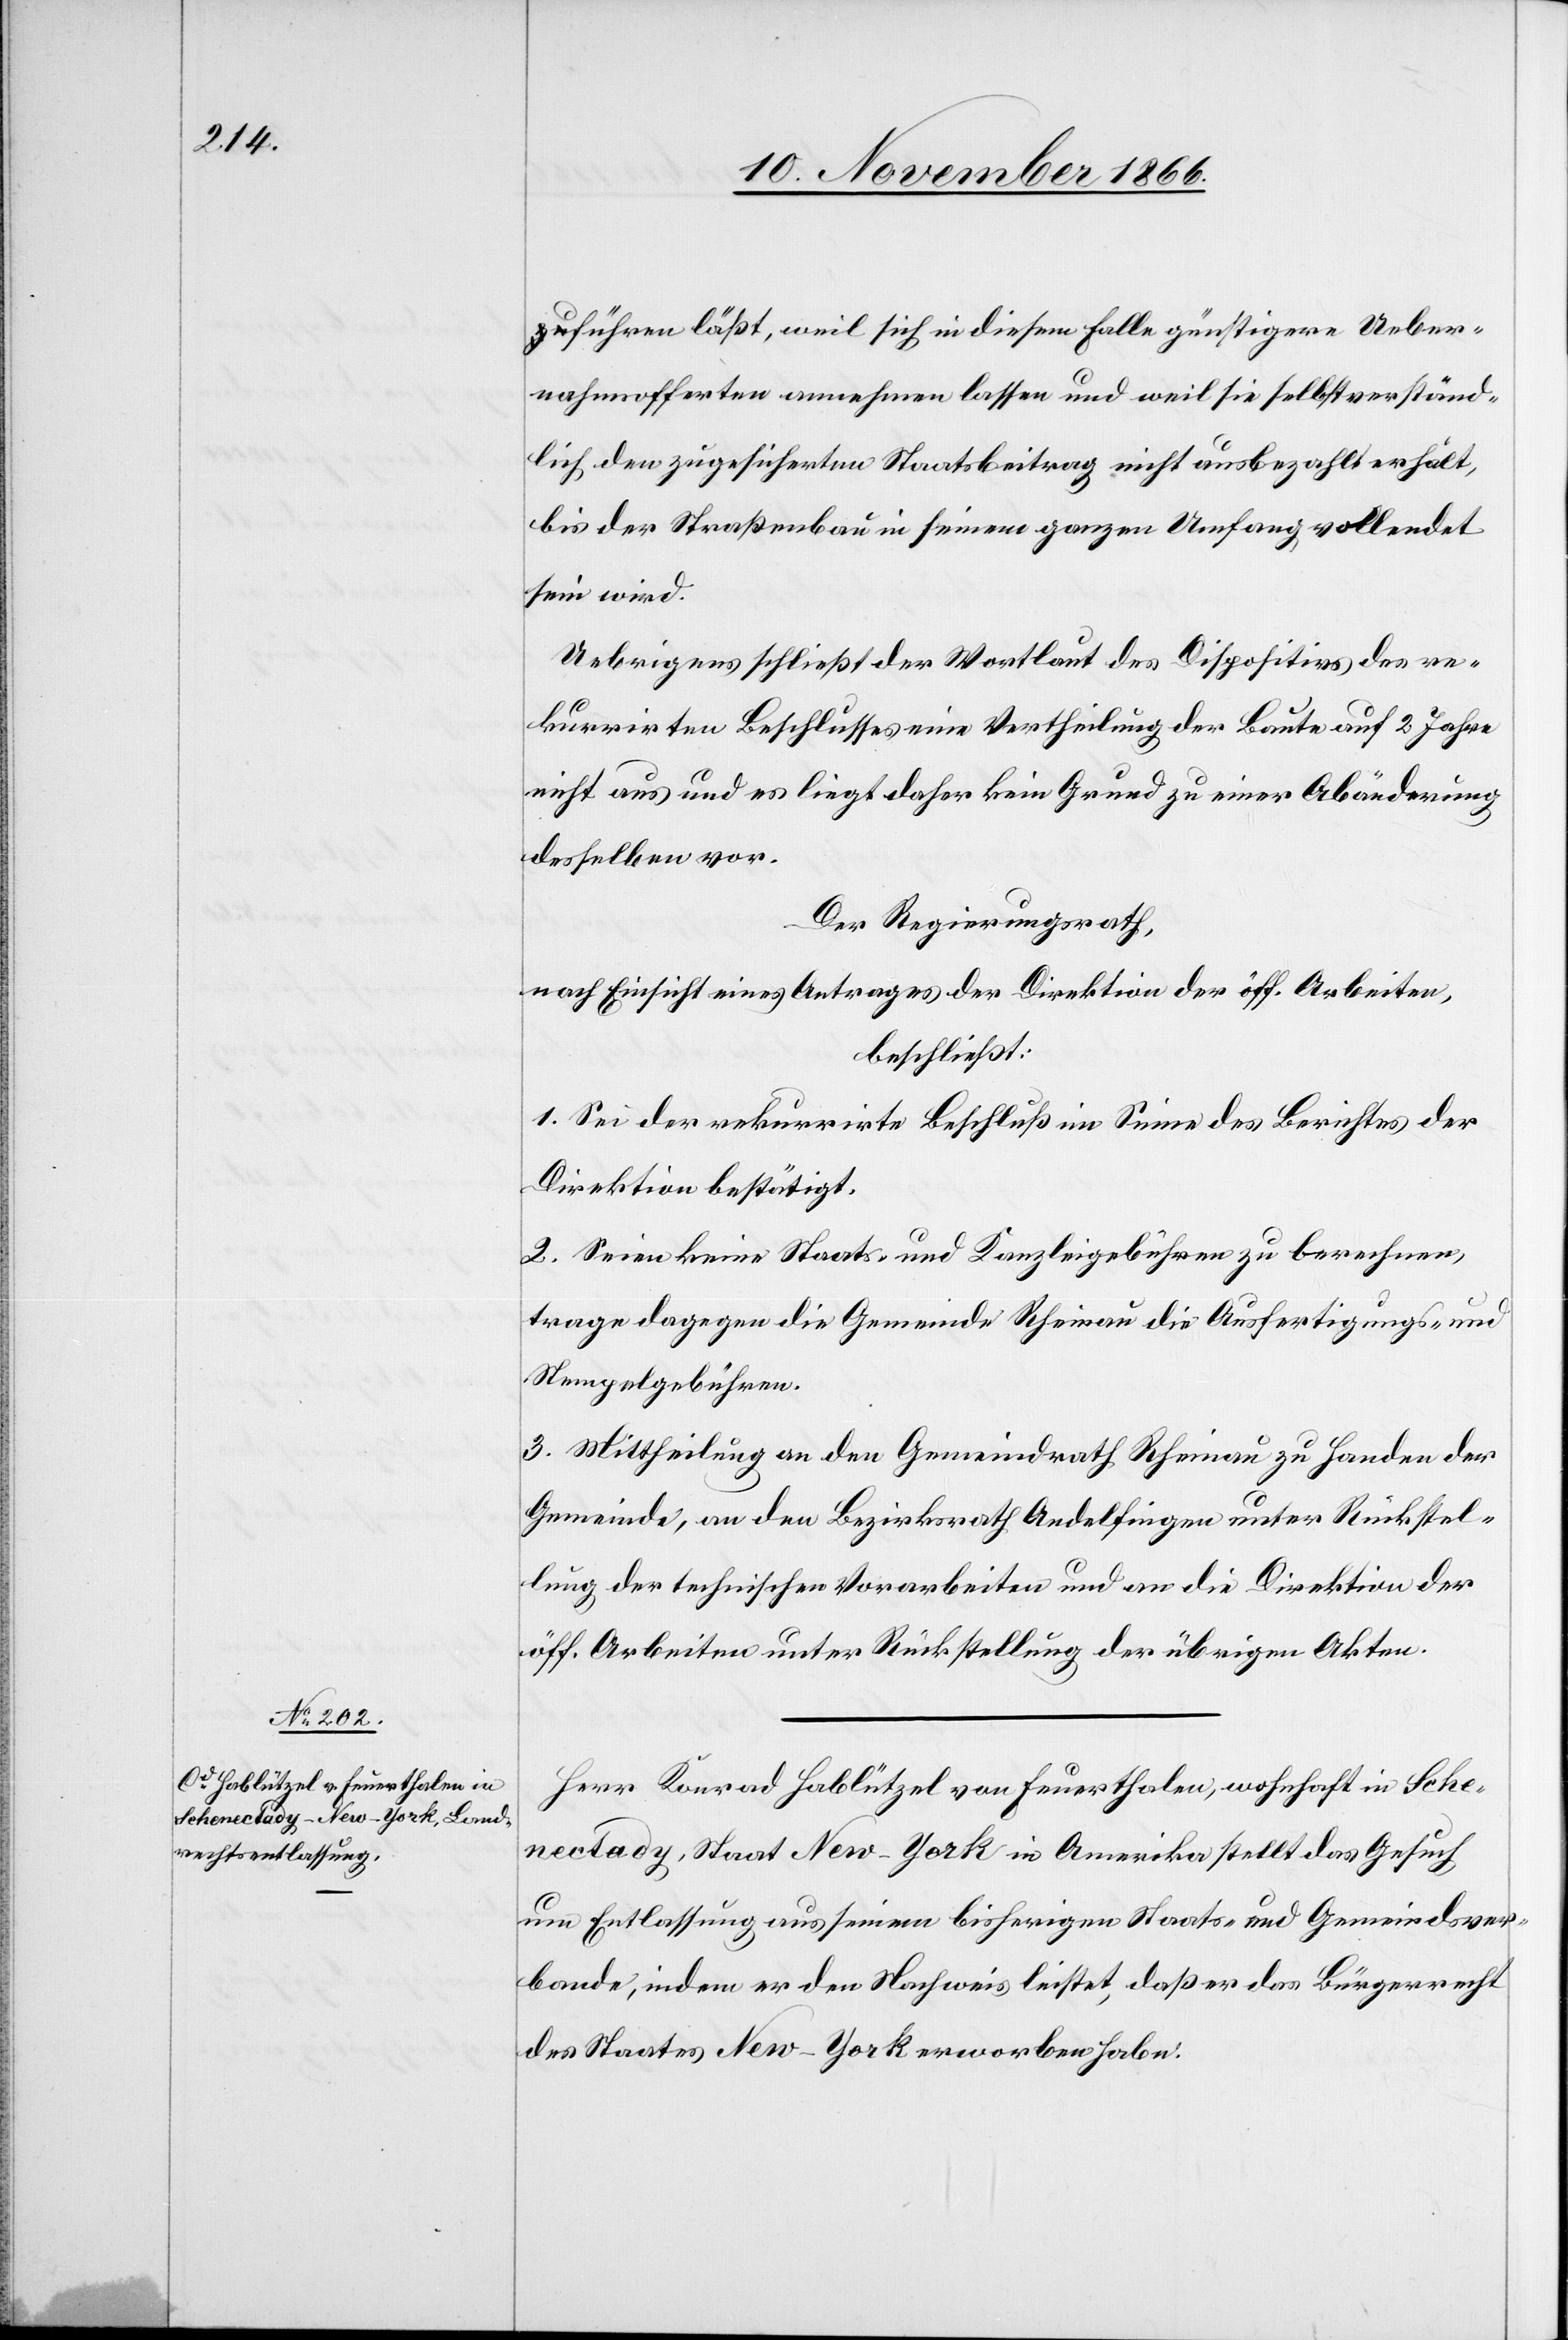
führen läßt, weil sich in diesem Falle günstigere Ueber¬
nahmsofferten annehmen lassen und weil sie selbstverständ¬
lich den zugesicherten Staatsbeitrag nicht ausbezahlt erhält,
bis der Straßenbau in seinem ganzen Umfang vollendet
sein wird.
Uebrigens schließt der Wortlaut des Dispositivs des re¬
kurrirten Beschlusses eine Vertheilung der Baute auf 2 Jahre
nicht aus und es liegt daher kein Grund zu einer Abänderung
desselben vor.
Der Regierungsrath,
nach Einsicht eines Antrages der Direktion der öff. Arbeiten,
beschließt:
1. Sei der rekurrirte Beschluß im Sinne des Berichtes der
Direktion bestätigt.
2. Seien keine Staats- und Kanzleigebühren zu berechnen,
trage dagegen die Gemeinde Rheinau die Ausfertigungs- und
Stempelgebühren.
3. Mittheilung an den Gemeindrath Rheinau zu Handen der
Gemeinde, an den Bezirksrath Andelfingen unter Rückstel¬
lung der technischen Vorarbeiten und an die Direktion der
öff. Arbeiten unter Rückstellung der übrigen Akten.
Herr Konrad Hablützel von Feuerthalen, wohnhaft in Sche¬
nectady, Staat New-York in Amerika stellt das Gesuch
um Entlassung aus seinem bisherigen Staats- und Gemeindsver¬
bande, indem er den Nachweis leistet, daß er das Bürgerrecht
des Staates New-York erworben habe.